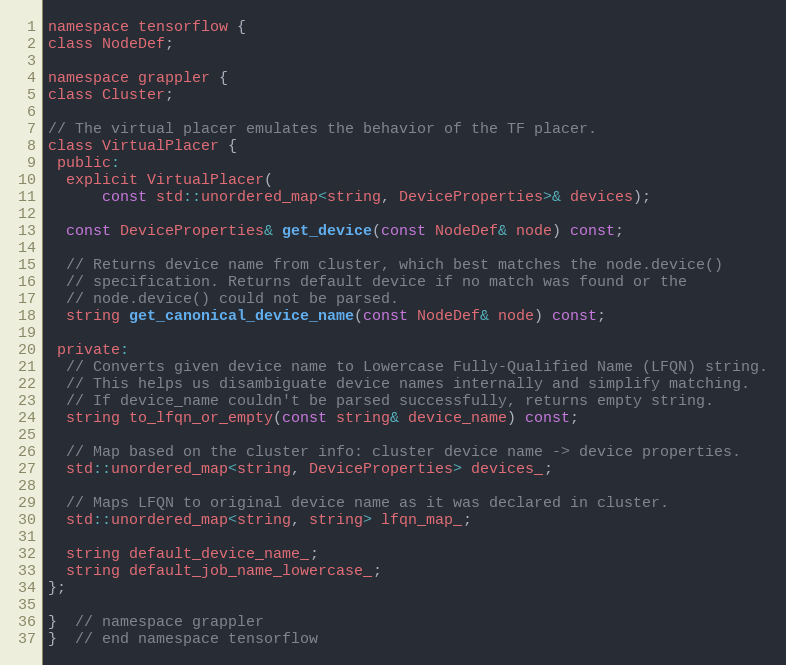
Language: C
namespace tensorflow {
class NodeDef;

namespace grappler {
class Cluster;

// The virtual placer emulates the behavior of the TF placer.
class VirtualPlacer {
 public:
  explicit VirtualPlacer(
      const std::unordered_map<string, DeviceProperties>& devices);

  const DeviceProperties& get_device(const NodeDef& node) const;

  // Returns device name from cluster, which best matches the node.device()
  // specification. Returns default device if no match was found or the
  // node.device() could not be parsed.
  string get_canonical_device_name(const NodeDef& node) const;

 private:
  // Converts given device name to Lowercase Fully-Qualified Name (LFQN) string.
  // This helps us disambiguate device names internally and simplify matching.
  // If device_name couldn't be parsed successfully, returns empty string.
  string to_lfqn_or_empty(const string& device_name) const;

  // Map based on the cluster info: cluster device name -> device properties.
  std::unordered_map<string, DeviceProperties> devices_;

  // Maps LFQN to original device name as it was declared in cluster.
  std::unordered_map<string, string> lfqn_map_;

  string default_device_name_;
  string default_job_name_lowercase_;
};

}  // namespace grappler
}  // end namespace tensorflow